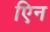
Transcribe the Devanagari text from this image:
एिन